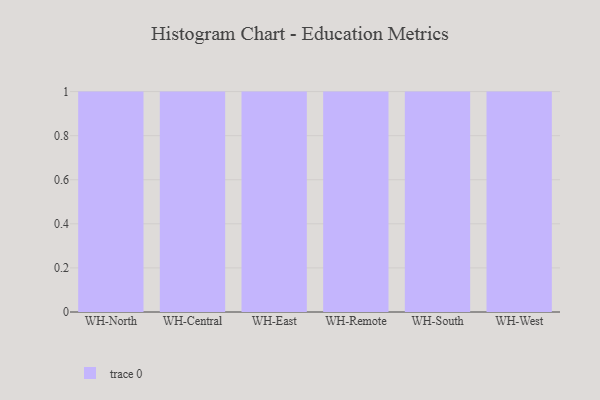
{"axis": {"x": "Warehouse", "y": "Active Users"}, "legend": [""], "data": [{"x": "WH-North", "y": 87, "type": ""}, {"x": "WH-Central", "y": 36, "type": ""}, {"x": "WH-East", "y": 47, "type": ""}, {"x": "WH-Remote", "y": 61, "type": ""}, {"x": "WH-South", "y": 83, "type": ""}, {"x": "WH-West", "y": 75, "type": ""}]}